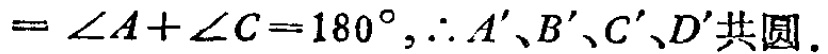
$=\angle A+\angle C = 180^{\circ},\therefore A'、B'、C'、D'共圆.$